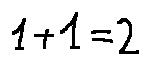
1 + 1 = 2